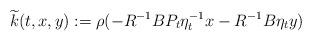
LaTeX: \begin{align*} \widetilde k(t,x,y):=\rho(-R^{-1}BP_t\eta_t^{-1}x-R^{-1}B\eta_t y)\quad \end{align*}